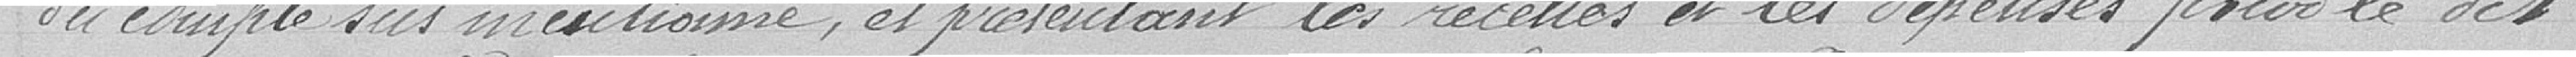
du compte sus mentionné, et présentant les recettes et les dépenses pour le dit